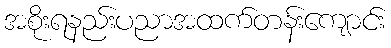
အစိုးရနည်းပညာအထက်တန်းကျောင်း